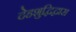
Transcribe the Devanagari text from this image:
देहशुद्धिद्वारा